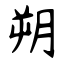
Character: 朔